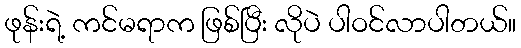
ဖုန်းရဲ့ ကင်မရာက ဖြစ်ပြီး လိုပဲ ပါဝင်လာပါတယ်။